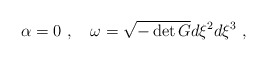
\begin{align*}\alpha = 0~,~~~ \omega = \sqrt{- \det G}d \xi^2 d \xi^3 ~,\end{align*}